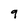
Character: 9